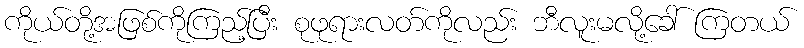
ကိုယ်တို့အဖြစ်ကိုကြည့်ပြီး စုဖုရားလတ်ကိုလည်း ဘီလူးမလို့ခေါ် ကြတယ်